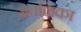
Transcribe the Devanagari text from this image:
जवळिका